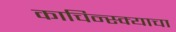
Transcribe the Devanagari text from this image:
काचिन्स्क्याचा